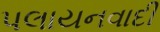
પલાયનવાદી